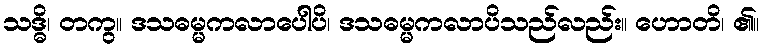
သဒ္ဓိ၊ တကွ။ ဒသဓမ္မကလာပေါပိ၊ ဒသဓမ္မကလာပိသည်လည်း။ ဟောတိ၊ ၏။